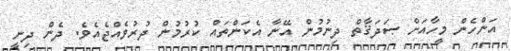
އަންހެން މީހާއަށް ޞަދަޤާތް ދިނުމުން އޭނާ އެކަންތައް ކުރުމުން ދުރުވެއްޖެއެވެ. ދެން ދިނީ